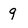
Character: 9